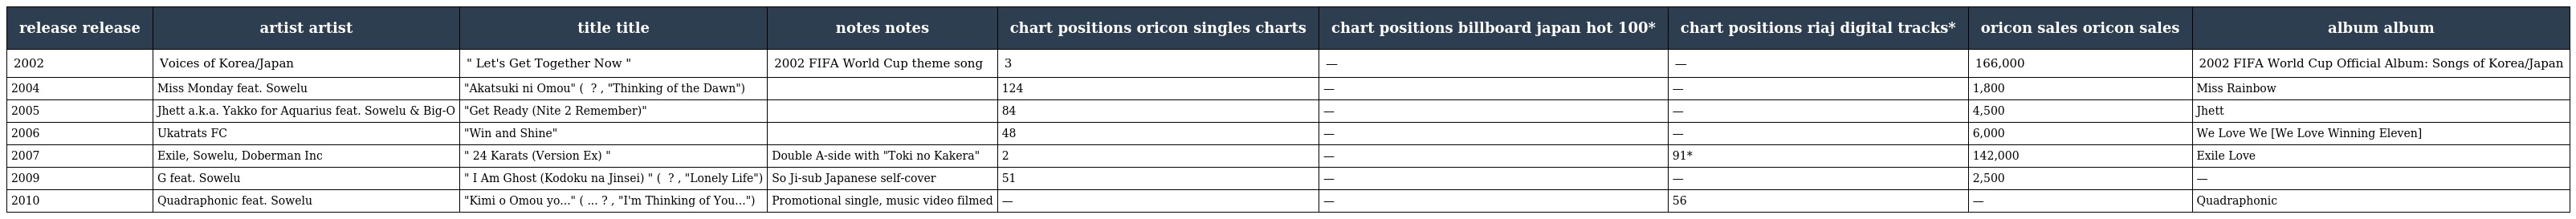
| release release | artist artist | title title | notes notes | chart positions oricon singles charts | chart positions billboard japan hot 100* | chart positions riaj digital tracks* | oricon sales oricon sales | album album |
 | --- | --- | --- | --- | --- | --- | --- | --- | --- |
 | 2002 | Voices of Korea/Japan | " Let's Get Together Now " | 2002 FIFA World Cup theme song | 3 | — | — | 166,000 | 2002 FIFA World Cup Official Album: Songs of Korea/Japan |
 | 2004 | Miss Monday feat. Sowelu | "Akatsuki ni Omou" ( 暁ニ想フ ? , "Thinking of the Dawn") |  | 124 | — | — | 1,800 | Miss Rainbow |
 | 2005 | Jhett a.k.a. Yakko for Aquarius feat. Sowelu & Big-O | "Get Ready (Nite 2 Remember)" |  | 84 | — | — | 4,500 | Jhett |
 | 2006 | Ukatrats FC | "Win and Shine" |  | 48 | — | — | 6,000 | We Love We [We Love Winning Eleven] |
 | 2007 | Exile, Sowelu, Doberman Inc | " 24 Karats (Version Ex) " | Double A-side with "Toki no Kakera" | 2 | — | 91* | 142,000 | Exile Love |
 | 2009 | G feat. Sowelu | " I Am Ghost (Kodoku na Jinsei) " ( 孤独な人生 ? , "Lonely Life") | So Ji-sub Japanese self-cover | 51 | — | — | 2,500 | — |
 | 2010 | Quadraphonic feat. Sowelu | "Kimi o Omou yo..." ( 君を想うよ... ? , "I'm Thinking of You...") | Promotional single, music video filmed | — | — | 56 | — | Quadraphonic |